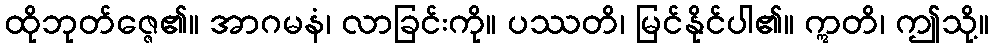
ထိုဘုတ်ဇ္ဇေ၏။ အာဂမနံ၊ လာခြင်းကို။ ပဿတိ၊ မြင်နိုင်ပါ၏။ ဣတိ၊ ဤသို့။